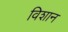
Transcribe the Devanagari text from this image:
विशान